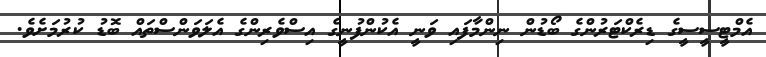
އެމްޓީސީސީގެ ޑިރެކްޓަރުންގެ ބޯޑުން ނިންމާފައި ވަނީ އެކުންފުނީގެ އިސްވެރިންގެ އެލަވަންސްތައް ބޮޑު ކުރުމަށެވެ.